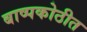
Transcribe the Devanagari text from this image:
बाष्पकोठीत